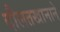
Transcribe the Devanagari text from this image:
दौलतखानाने